Scottish Leaving Certificate Examination, 1951
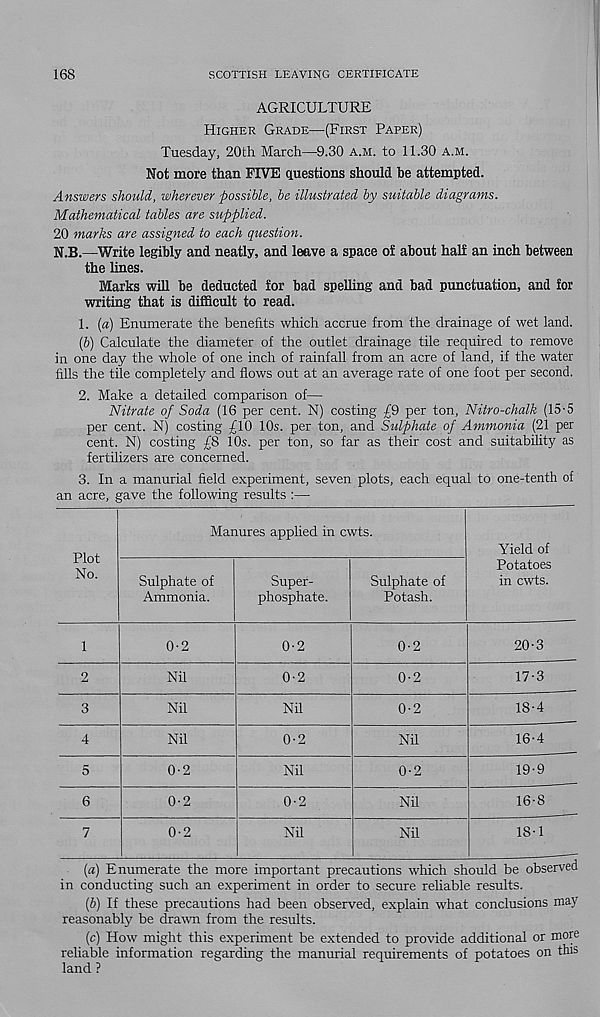
168
SCOTTISH LEAVING CERTIFICATE
AGRICULTURE
Higher Grade—(First Paper)
Tuesday, 20th March—9.30 a.m. to 11.30 A.m.
Not more than FIVE questions should be attempted.
Answers should, wherever possible, be illustrated by suitable diagrams.
Mathematical tables are supplied.
20 marks are assigned to each question.
N.B.—Write legibly and neatly, and leave a space of about half an inch between
the lines.
Marks will be deducted for bad spelling and bad punctuation, and for
writing that is difficult to read.
1. (a) Enumerate the benefits which accrue from the drainage of wet land.
(&) Calculate the diameter of the outlet drainage tile required to remove
in one day the whole of one inch of rainfall from an acre of land, if the water
fills the tile completely and flows out at an average rate of one foot per second.
2. Make a detailed comparison of—
Nitrate of Soda (16 per cent. N) costing £9 per ton, Nitro-chalk (15-5
per cent. N) costing £10 10s. per ton, and Sulphate of Ammonia (21 per
cent. N) costing £8 10s. per ton, so far as their cost and suitability as
fertilizers are concerned.
3. In a manurial field experiment, seven plots, each equal to one-tenth of
an acre, gave the following results :—
Plot
No.
Manures applied in cwts.
Sulphate of
Ammonia.
Super-
phosphate.
Sulphate of
Potash.
Yield of
Potatoes
in cwts.
0-2
Nil
Nil
Nil
0-2
0-2
Nil
0-2
0-2
20-3
0-2
17-3
0-2
18-4
Nil
16-4
0-2
Nil
0-2
19-9
0-2
0-2
Nil
16-8
0-2
Nil
Nil
18-1
(а) Enumerate the more important precautions which should be observed
in conducting such an experiment in order to secure reliable results.
(б) If these precautions had been observed, explain what conclusions may
reasonably be drawn from the results.
(c) How might this experiment be extended to provide additional or more
reliable information regarding the manurial requirements of potatoes on this
land ?